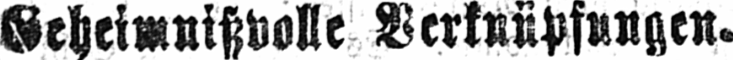
Geheimnißvolle Verknüpfungen.